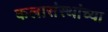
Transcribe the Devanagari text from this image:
कलासंस्थांच्या